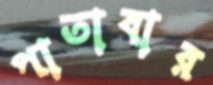
পাতাবার